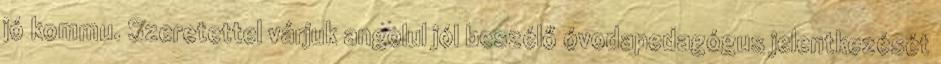
jó kommu. Szeretettel várjuk angolul jól beszélő óvodapedagógus jelentkezését